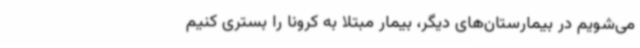
می‌شویم در بیمارستان‌های دیگر، بیمار مبتلا به کرونا را بستری کنیم